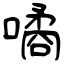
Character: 噊